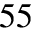
^ { 5 5 }